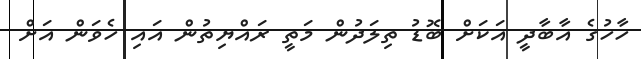
ހާހުގެ އާބާދީ އަކަށް ބޮޑު ތިލަދުން މަތީ ރައްޔިތުން އައި ހެވަން އަށް